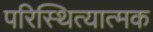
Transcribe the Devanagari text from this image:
परिस्थित्यात्मक